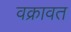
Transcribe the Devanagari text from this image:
वक्रावत